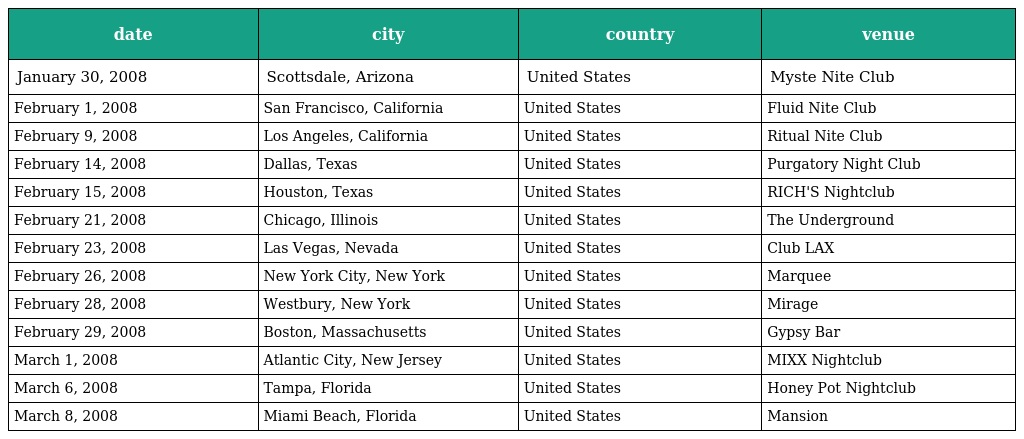
| date | city | country | venue |
 | --- | --- | --- | --- |
 | January 30, 2008 | Scottsdale, Arizona | United States | Myste Nite Club |
 | February 1, 2008 | San Francisco, California | United States | Fluid Nite Club |
 | February 9, 2008 | Los Angeles, California | United States | Ritual Nite Club |
 | February 14, 2008 | Dallas, Texas | United States | Purgatory Night Club |
 | February 15, 2008 | Houston, Texas | United States | RICH'S Nightclub |
 | February 21, 2008 | Chicago, Illinois | United States | The Underground |
 | February 23, 2008 | Las Vegas, Nevada | United States | Club LAX |
 | February 26, 2008 | New York City, New York | United States | Marquee |
 | February 28, 2008 | Westbury, New York | United States | Mirage |
 | February 29, 2008 | Boston, Massachusetts | United States | Gypsy Bar |
 | March 1, 2008 | Atlantic City, New Jersey | United States | MIXX Nightclub |
 | March 6, 2008 | Tampa, Florida | United States | Honey Pot Nightclub |
 | March 8, 2008 | Miami Beach, Florida | United States | Mansion |